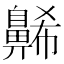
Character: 𪖥